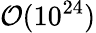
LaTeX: \mathcal{O}(10^{24})